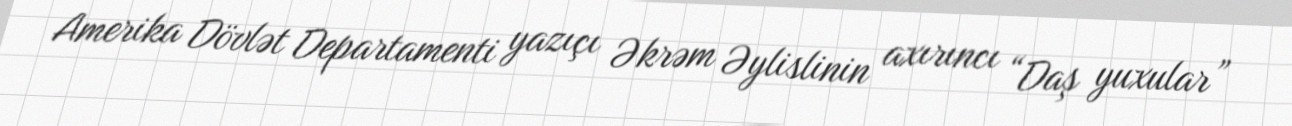
Amerika Dövlət Departamenti yazıçı Əkrəm Əylislinin axırıncı “Daş yuxular”